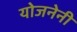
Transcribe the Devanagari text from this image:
योजनेनी